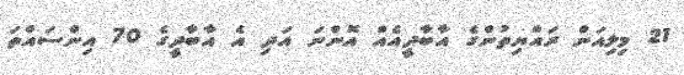
21 މިލިއަން ރައްޔިތުންގެ އާބާދީއެއް އޮންނަ އަދި އެ އާބާދީގެ 70 އިންސައްތަ